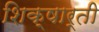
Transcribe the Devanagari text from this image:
शिक्षार्ती